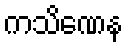
ကသိဏေန